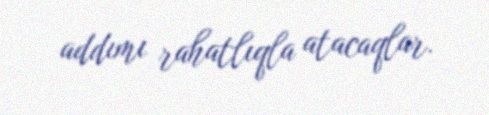
addımı rahatlıqla atacaqlar.